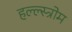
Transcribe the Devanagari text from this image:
हल्ल्स्त्रोम